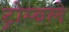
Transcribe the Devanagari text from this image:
ट्रोम्बले